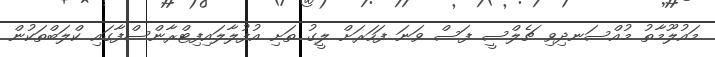
މައުލޫމާތު މުއްސަނދިވި ޗެލްސީ ފަސް ވަނަ ފަހަރަށް ލީގު ތަށި އުފުލާލައިފިޓްރާންސްފާގައި ކްލަބްތަކުން